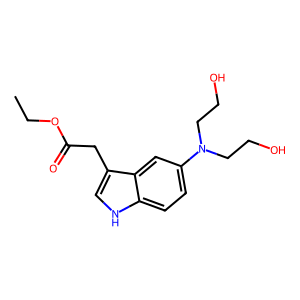
SMILES: CCOC(=O)Cc1c[nH]c2ccc(N(CCO)CCO)cc12
Inhibits HIV replication: No